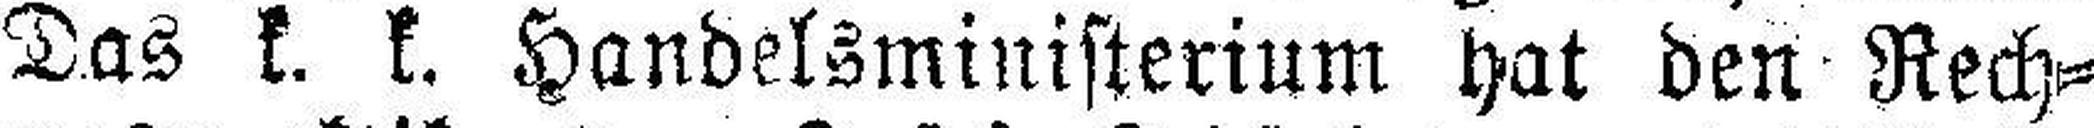
Das k. k. Handelsministerium hat den Rech¬